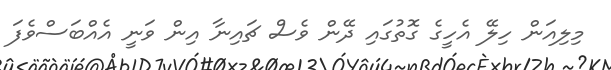
މިލިއަން ހިލޭ އެހީގެ ގޮތުގައި ދޭން ވެސް ޗައިނާ އިން ވަނީ އެއްބަސްވެފަ